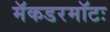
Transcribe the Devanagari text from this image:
मॅकडरमॉटः